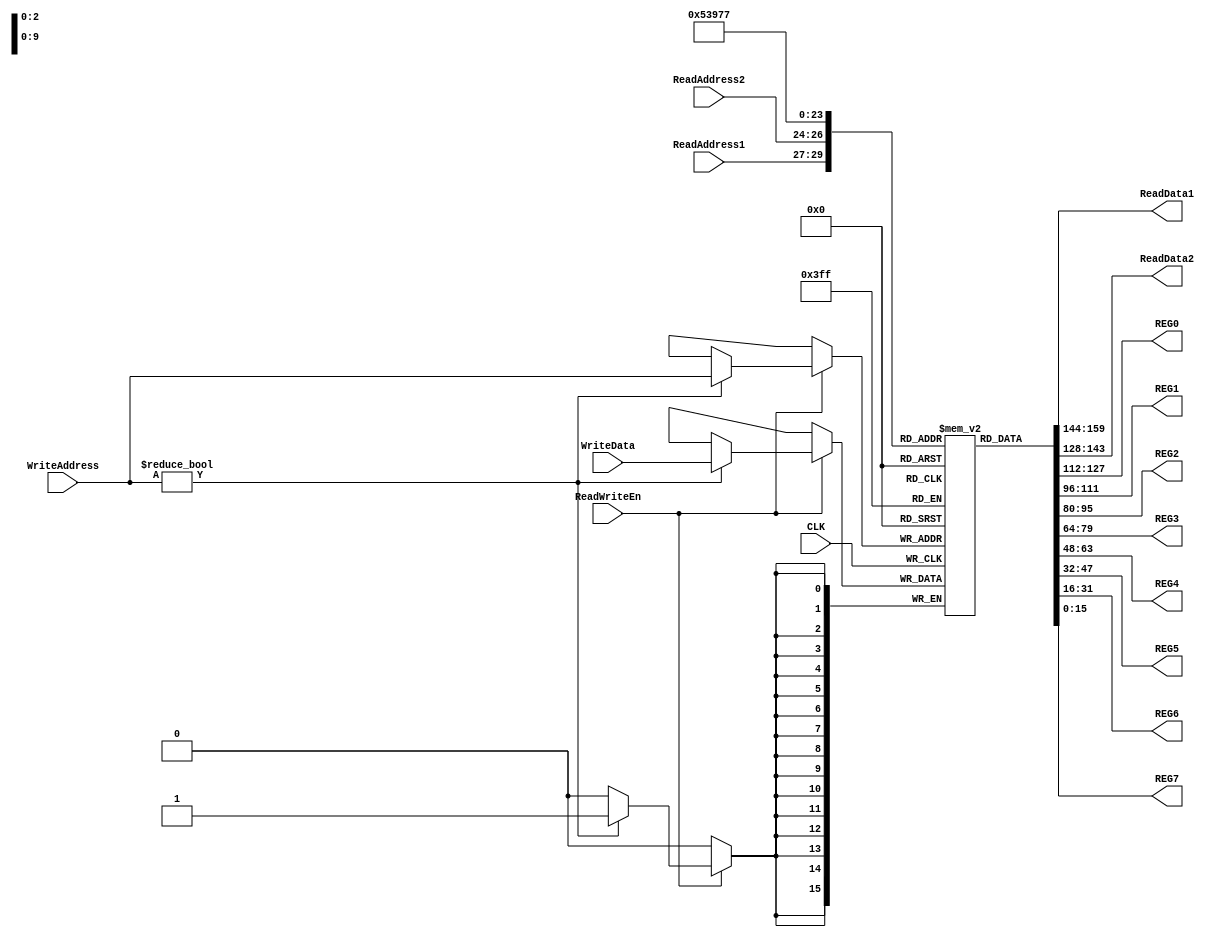

module RegFile(	ReadData1, 
				ReadData2,
				REG0,
				REG1,
				REG2,
				REG3,
				REG4,
				REG5,
				REG6,
				REG7,
				WriteData, 
				ReadWriteEn, 
				WriteAddress, 
				ReadAddress1, 
				ReadAddress2, 
				CLK);
	input 			ReadWriteEn, CLK;	
	input	[2:0] 	WriteAddress, ReadAddress1, ReadAddress2;
	input	[15:0] 	WriteData;
	output 	[15:0] 	ReadData1, ReadData2;
	output	[15:0] 	REG0, REG1, REG2, REG3, REG4, REG5, REG6, REG7;
	
	reg 	[15:0] array_reg [7:0];
	reg 	[15:0] reg1, reg2;
	integer i;
	
	initial begin
		for (i=0; i<8; i=i+1)
			array_reg[i] = 16'd0;
	end
	
	always @(posedge CLK) begin
		//Write to register file: ReadWriteEn == 1		
		if(ReadWriteEn) begin
			if (WriteAddress != 3'd0)
				array_reg[WriteAddress] = WriteData;	
		end
	end
		//Read from register file
	always @(ReadAddress1 or ReadAddress2) begin 
			reg1 = array_reg[ReadAddress1];
			reg2 = array_reg[ReadAddress2];
	end	
	
	assign REG0 = array_reg[0];
	assign REG1 = array_reg[1];
	assign REG2 = array_reg[2];
	assign REG3 = array_reg[3];
	assign REG4 = array_reg[4];
	assign REG5 = array_reg[5];
	assign REG6 = array_reg[6];
	assign REG7 = array_reg[7];
	assign ReadData1 = reg1;
	assign ReadData2 = reg2;
	
endmodule